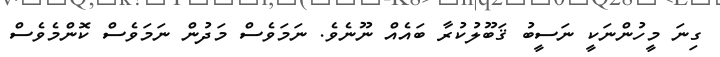
ގިނަ މީހުންނަކީ ނަސީބު ޤަބޫލުކުރާ ބައެއް ނޫނެވެ. ނަމަވެސް މަދުން ނަމަވެސް ކޮންމެވެސް